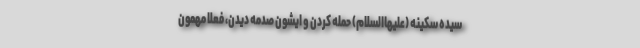
سیده سکینه (علیهاالسلام) حمله کردن و ایشون صدمه دیدن، فعلاً مهمون